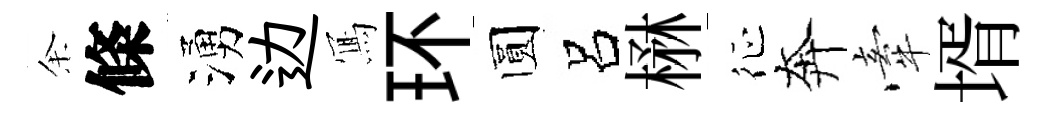
余條湧边𭂁环圆呂楙征奔牽壻